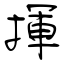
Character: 揮